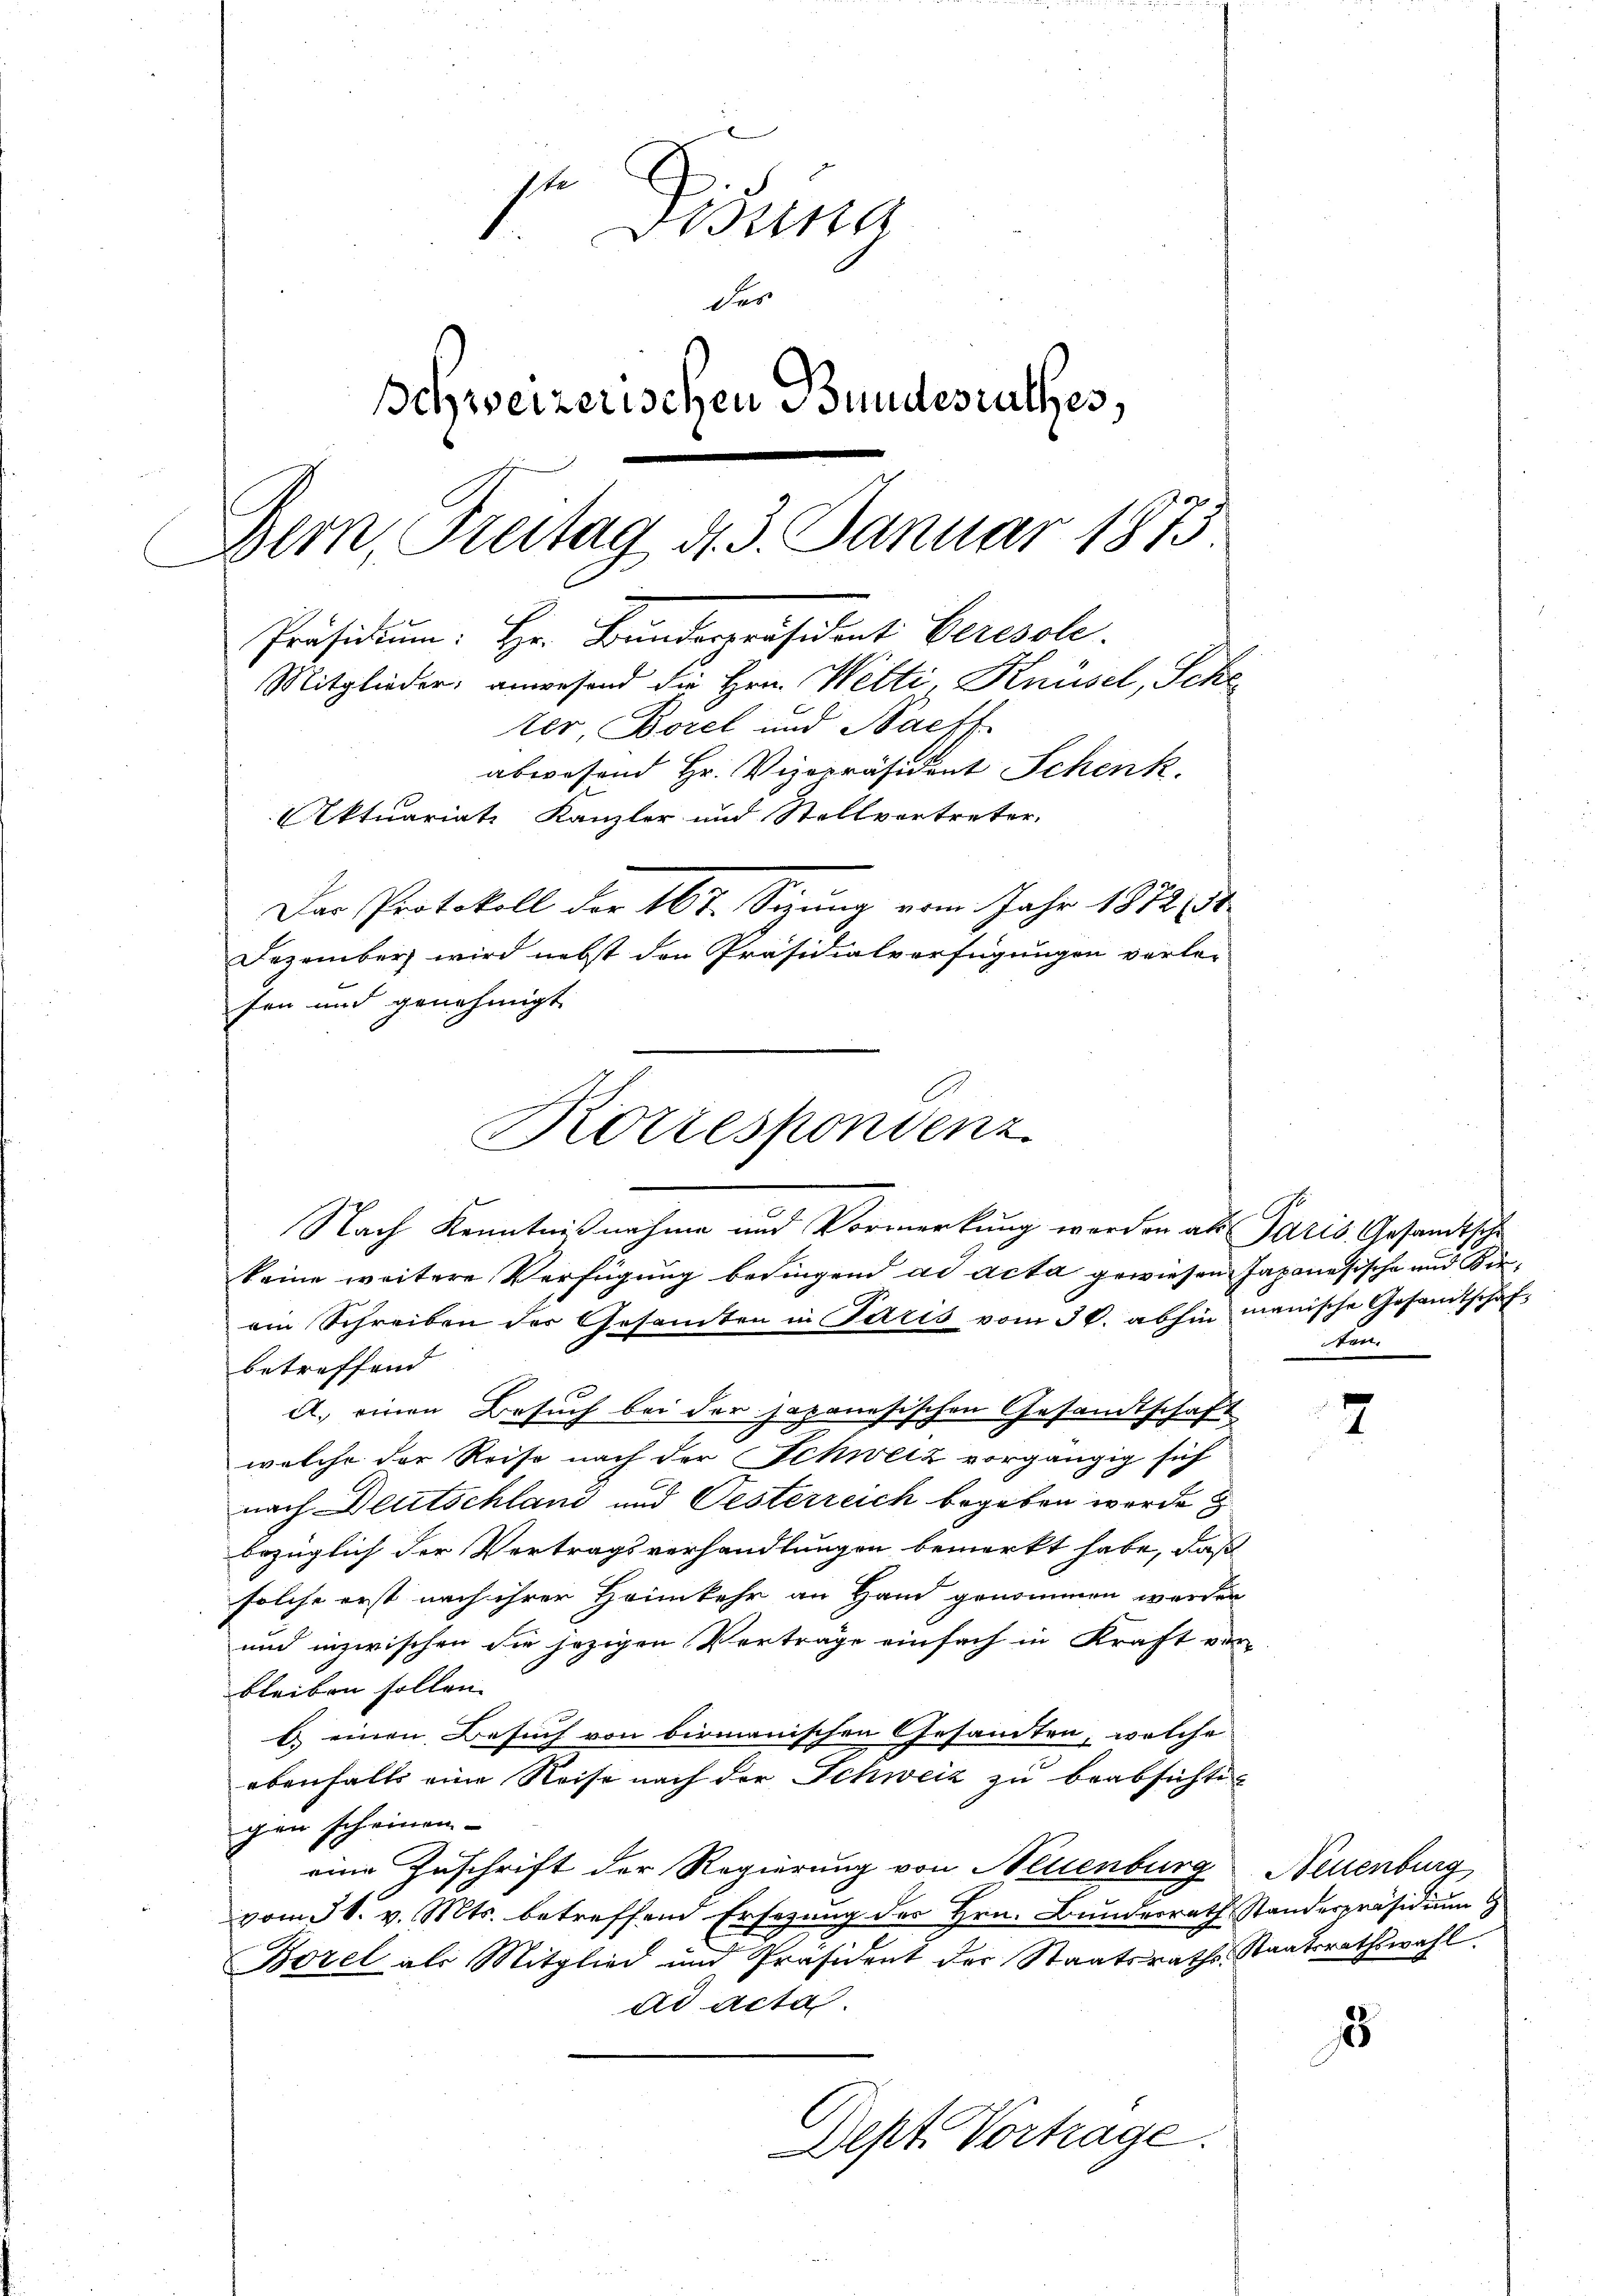
Tisung
des
Schweizerischen Bundesrathes,
Präsidium. Hr. Bundespräsident Ceresole.
Mitglieder, anwesend die Hrn. Welti, Knüsel, Scheter Borel und Bacff
abwesend Hr. Vizepräsident Schenk.
Aktuariats Kanzler und Stellvertreter,
Das Protokoll der 167. Sizung vom Jahr 1872
Dezember wird nebst den Präsidialverfügungen verler-
fen und genehmigt.

Bern, Freitag d. 3. Januar 1873

Korrespondenz

Nach Kenntnißnahme und Vormerkung werden als Paris Gesandtsche
keine weitere Verfügung bedingend ad acta gewiesen Japanesische und Kuein Schreiben der Gesamten in Paris vom 30. abhin manische Gesandtschafbetreffend |
A. einen Besuch bei der Japanesischen Gesandtschaft
welche der Reise nach der Schweiz vorgängig sich
nach Deutschland und Oesterreich begeben werde
bezüglich der Vertragsverhandlungen bemerkt habe, daß
solche erst nach ihrer Heimkehr an Hand genommen werden
und inzwischen die jezigen Verträge einfach in Kraft vorbleiben sollen. |
b. einen Besuch von birmanischen Gesandten, welche
ebenfalls eine Reise nach der Schweiz zu beabsichtigien scheinen
eine Zuschrift der Regierung von Neuenburg Neuenburg
vom 30. v. Mts. betreffend Ersezung des Hrn. Bundesrath Standespräsidium
Borel als Mitglied und Präsident der Staatsrathes Staatsrathswahl.
ad Acta
Dept. Vortrage.

ten.

3